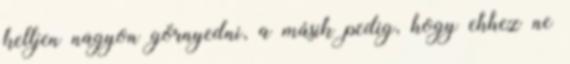
kelljen nagyon görnyedni, a másik pedig, hogy ehhez ne